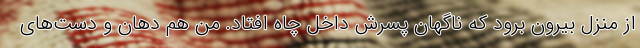
از منزل بیرون برود که ناگهان پسرش داخل چاه افتاد. من هم دهان و دست‌های